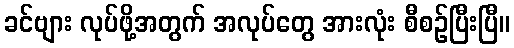
ခင်ဗျား လုပ်ဖို့အတွက် အလုပ်တွေ အားလုံး စီစဉ်ပြီးပြီ။